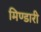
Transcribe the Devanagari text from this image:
मिण्डारी